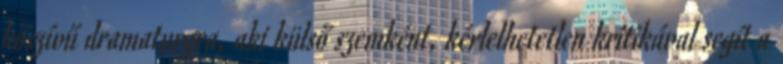
kőszívű dramaturgra, aki külső szemként, kérlelhetetlen kritikával segít a